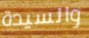
والسيدة